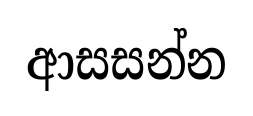
ආසසන්න